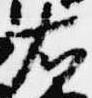
右